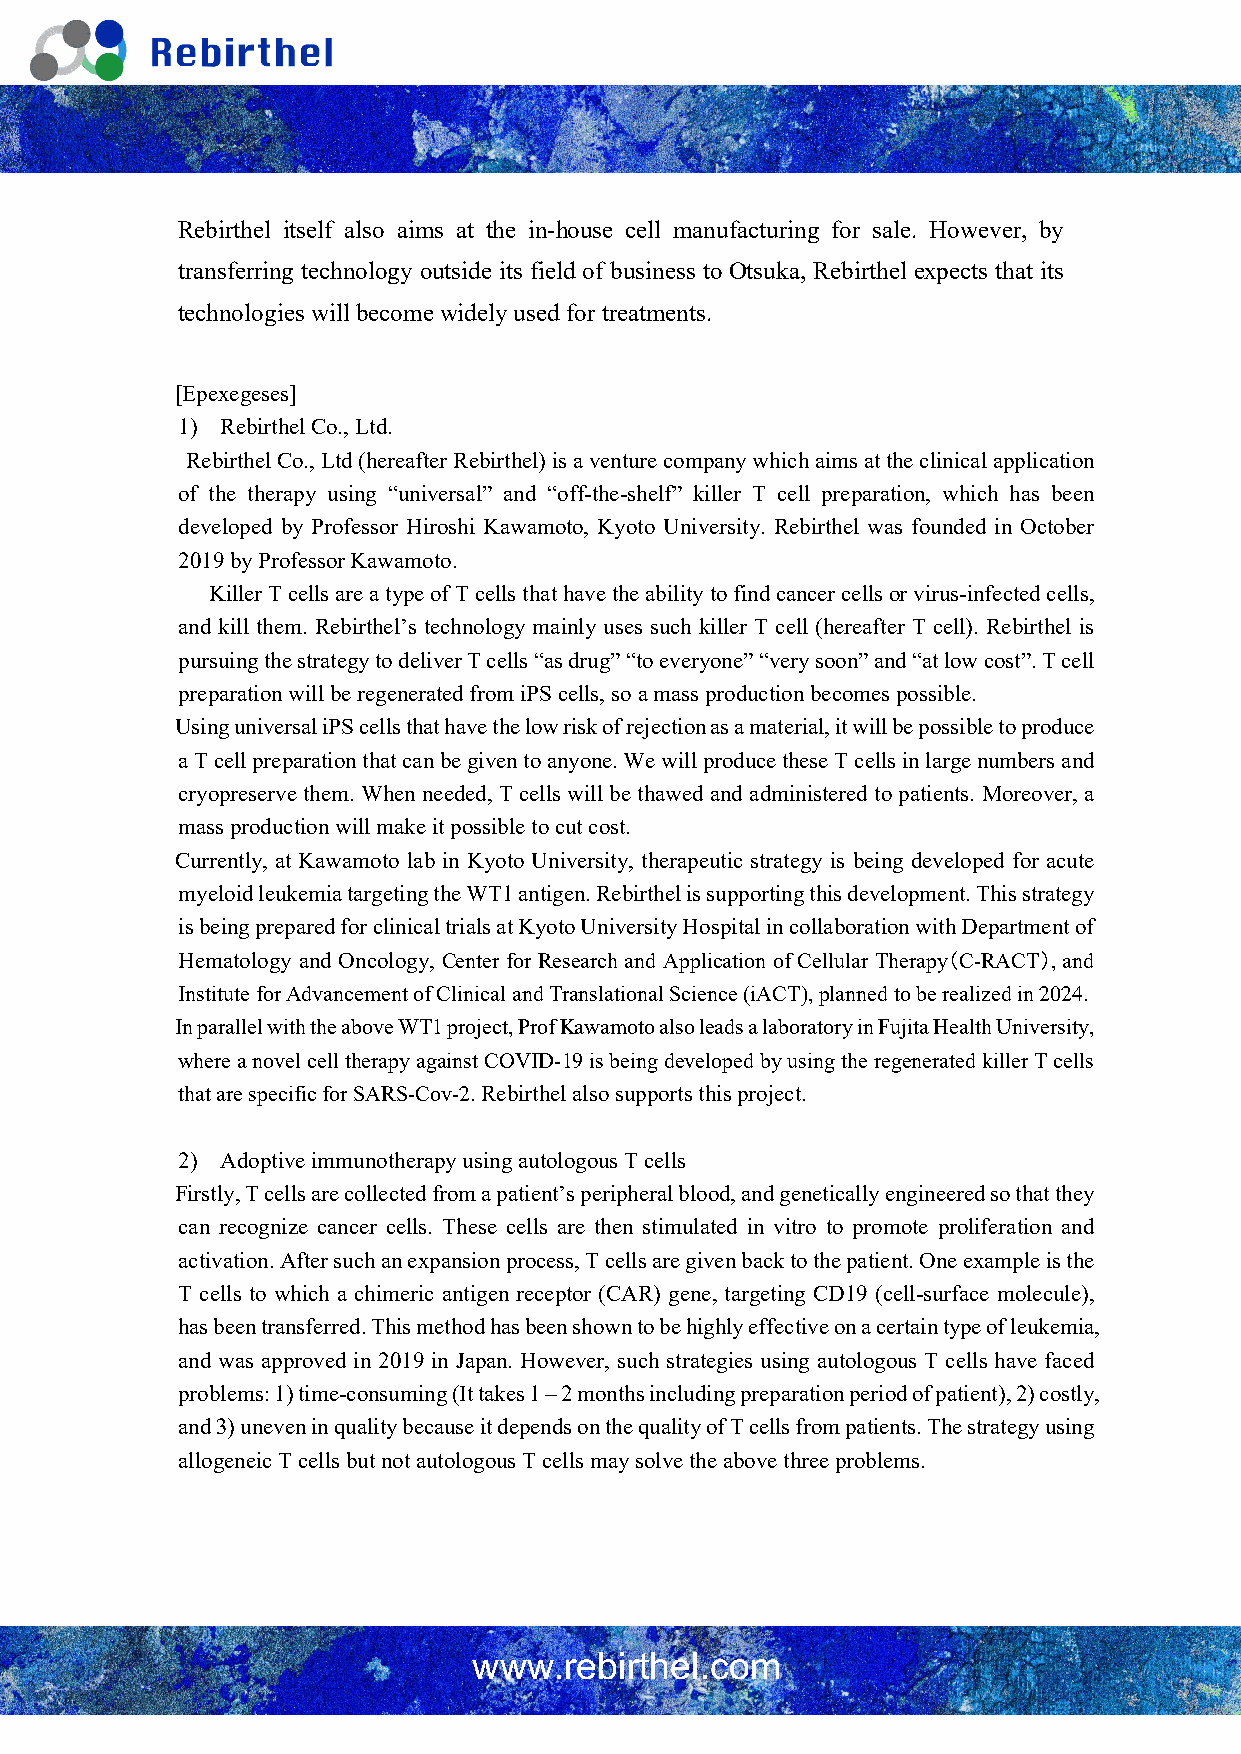
Rebirthel itself also aims at the in-house cell manufacturing for sale. However, by
 transferring technology outside its field of business to Otsuka, Rebirthel expects that its
 technologies will become widely used for treatments.
 [Epexegeses]
 1) Rebirthel Co., Ltd.
 Rebirthel Co., Ltd (hereafter Rebirthel) is a venture company which aims at the clinical application
 of the therapy using “universal” and “off-the-shelf” killer T cell preparation, which has been
 developed by Professor Hiroshi Kawamoto, Kyoto University. Rebirthel was founded in October
 2019 by Professor Kawamoto.
 Killer T cells are a type of T cells that have the ability to find cancer cells or virus-infected cells,
 and kill them. Rebirthel’s technology mainly uses such killer T cell (hereafter T cell). Rebirthel is
 pursuing the strategy to deliver T cells “as drug” “to everyone” “very soon” and “at low cost”. T cell
 preparation will be regenerated from iPS cells, so a mass production becomes possible.
 Using universal iPS cells that have the low risk of rejection as a material, it will be possible to produce
 a T cell preparation that can be given to anyone. We will produce these T cells in large numbers and
 cryopreserve them. When needed, T cells will be thawed and administered to patients. Moreover, a
 mass production will make it possible to cut cost.
 Currently, at Kawamoto lab in Kyoto University, therapeutic strategy is being developed for acute
 myeloid leukemia targeting the WT1 antigen. Rebirthel is supporting this development. This strategy
 is being prepared for clinical trials at Kyoto University Hospital in collaboration with Department of
 Hematology and Oncology, Center for Research and Application of Cellular Therapy（C-RACT）, and
 Institute for Advancement of Clinical and Translational Science (iACT), planned to be realized in 2024.
 In parallel with the above WT1 project, Prof Kawamoto also leads a laboratory in Fujita Health University,
 where a novel cell therapy against COVID-19 is being developed by using the regenerated killer T cells
 that are specific for SARS-Cov-2. Rebirthel also supports this project.
 2) Adoptive immunotherapy using autologous T cells
 Firstly, T cells are collected from a patient’s peripheral blood, and genetically engineered so that they
 can recognize cancer cells. These cells are then stimulated in vitro to promote proliferation and
 activation. After such an expansion process, T cells are given back to the patient. One example is the
 T cells to which a chimeric antigen receptor (CAR) gene, targeting CD19 (cell-surface molecule),
 has been transferred. This method has been shown to be highly effective on a certain type of leukemia,
 and was approved in 2019 in Japan. However, such strategies using autologous T cells have faced
 problems: 1) time-consuming (It takes 1 – 2 months including preparation period of patient), 2) costly,
 and 3) uneven in quality because it depends on the quality of T cells from patients. The strategy using
 allogeneic T cells but not autologous T cells may solve the above three problems.
 www.rebirthel.com